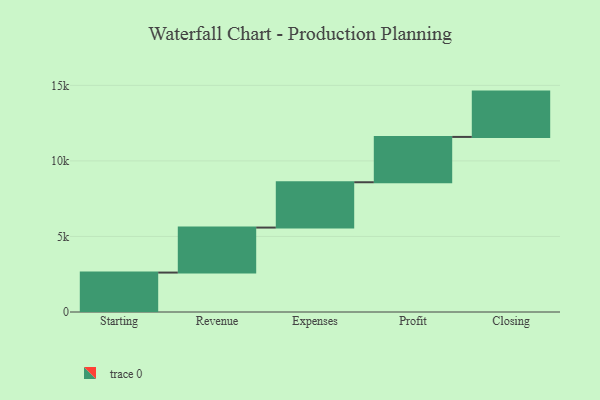
{"axis": {"x": "Step", "y": "Value"}, "legend": [""], "data": [{"x": "Starting", "y": 2610.0, "type": ""}, {"x": "Revenue", "y": 2978.0, "type": ""}, {"x": "Expenses", "y": 3000, "type": ""}, {"x": "Profit", "y": 3000, "type": ""}, {"x": "Closing", "y": 3000, "type": ""}]}